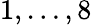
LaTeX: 1,\ldots,8